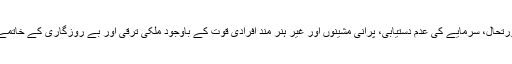
موجودہ بدترین معاشی صورتحال، سرمایے کی عدم دستیابی، پرانی مشینوں اور غیر ہنر مند افرادی قوت کے باوجود ملکی ترقی اور بے روزگاری کے خاتمے کیلئے جہاد کر رہے ہیں۔